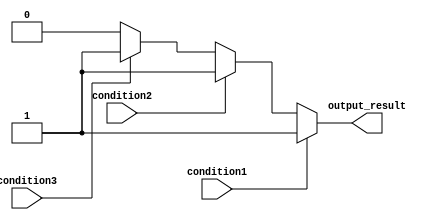
module if_else_ladder(
    input wire condition1,
    input wire condition2,
    input wire condition3,
    output reg output_result
);

always @* begin
    if (condition1) begin
        // code block for condition1
        output_result <= 1'b1;
    end
    else if (condition2) begin
        // code block for condition2
        output_result <= 1'b1;
    end
    else if (condition3) begin
        // code block for condition3
        output_result <= 1'b1;
    end
    else begin
        // code block for else condition
        output_result <= 1'b0;
    end
end

endmodule